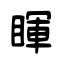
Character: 睴